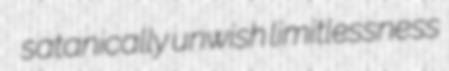
satanically unwish limitlessness